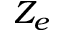
Z _ { e }